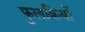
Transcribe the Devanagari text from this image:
फुलकियों